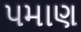
પમાણ